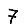
Digit: 7